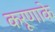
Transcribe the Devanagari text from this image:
करूणाके